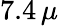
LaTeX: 7.4\, \mu